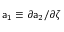
{ \sf a } _ { 1 } \equiv \partial { \sf a } _ { 2 } / \partial \zeta